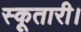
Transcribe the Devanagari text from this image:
स्कूतारी।